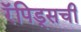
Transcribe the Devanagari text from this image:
रॅपिड्सची